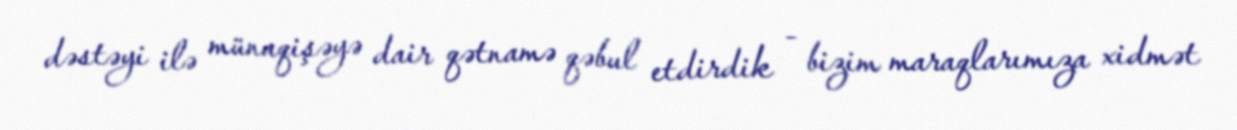
dəstəyi ilə münaqişəyə dair qətnamə qəbul etdirdik - bizim maraqlarımıza xidmət